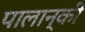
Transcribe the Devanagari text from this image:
पालान्की